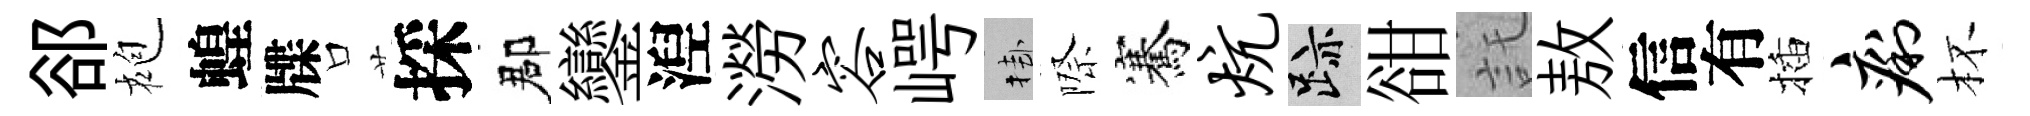
郤袍蝗牒口採郡鑾湼澇容崿挂際騫炕迹𧮳託敖信有插痢杯